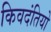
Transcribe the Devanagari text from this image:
किवदंतियो